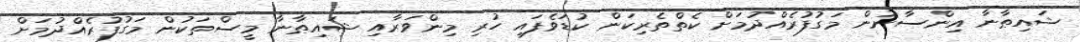
ޝައިޠާނާ އިންސާނުން މަގުފުރެއްދުމަށް ކެތްތެރިކަން ކުޑަވެފައި ހުރި މިންވަރާއި ޝައިޠާނާ މީސްތަކުން މަގުފުރެއްދުމަށް